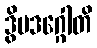
ဒွိပဒဂ္ဂေါတိ